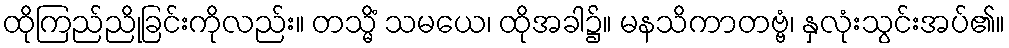
ထိုကြည်ညိုခြင်းကိုလည်း။ တသ္မိံ သမယေ၊ ထိုအခါ၌။ မနသိကာတဗ္ဗံ၊ နှလုံးသွင်းအပ်၏။